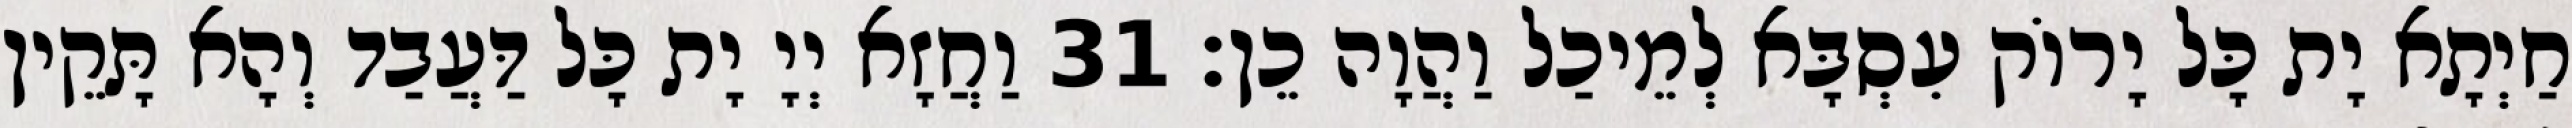
חַיְתָא יָת כָּל יָרוֹק עִסְבָּא לְמֵיכַל וַהֲוָה כֵן׃ 31 וַחֲזָא יְיָ יָת כָּל דַּעֲבַד וְהָא תָּקֵין